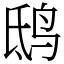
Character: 鸱